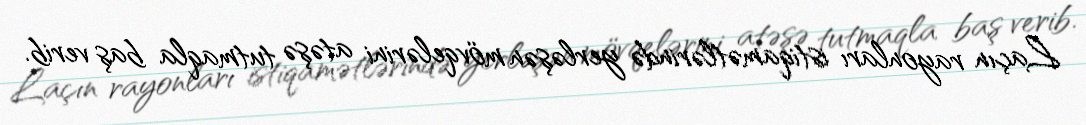
Laçın rayonları istiqamətlərində yerləşən mövqelərini atəşə tutmaqla baş verib.